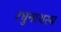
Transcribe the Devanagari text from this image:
रघुनाथस्य